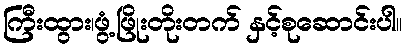
ကြီးထွား၊ဖွံ့ဖြိုးတိုးတက် နှင့်စုဆောင်းပါ။